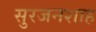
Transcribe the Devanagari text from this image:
सुरजनशाह